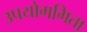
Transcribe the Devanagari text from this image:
उपयोगगिता